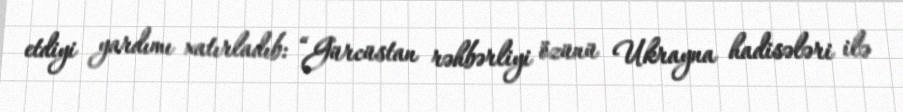
etdiyi yardımı xatırladıb: “Gürcüstan rəhbərliyi özünü Ukrayna hadisələri ilə